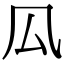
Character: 𠫗